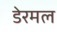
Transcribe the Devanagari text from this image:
डेरमल